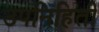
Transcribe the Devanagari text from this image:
उपनिहिती